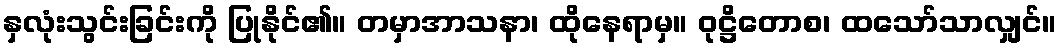
နှလုံးသွင်းခြင်းကို ပြုနိုင်၏။ တမှာအာသနာ၊ ထိုနေရာမှ။ ဝုဋ္ဌိတောစ၊ ထသော်သာလျှင်။